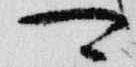
可